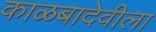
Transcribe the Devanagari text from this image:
काळबादेवीला